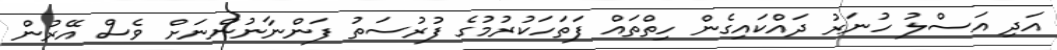
އަދި އަސްލު ހުނަރު ދައްކައިގެން ހިތްތައް ފަތަހަކުރުމުގެ ފުރުސަތު ފަންނާނުންނަށް ވެސް އޭރުން